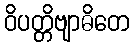
ဝိပတ္တိဗျာဓိတေ